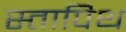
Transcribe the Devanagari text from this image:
स्तापिथ